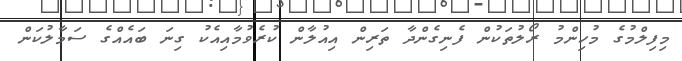
މިފިލްމުގެ މުހިންމު ރޯލުތަކުން ފެނިގެންދާ ތަރިން އިއުލާން ކުރެވުމާއިއެކު ގިނަ ބައެއްގެ ސަމާލުކަން